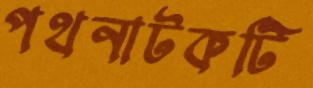
পথনাটকটি